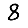
Digit: 8